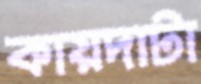
কায়দাটা